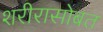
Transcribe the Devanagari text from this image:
शरीरासोबत